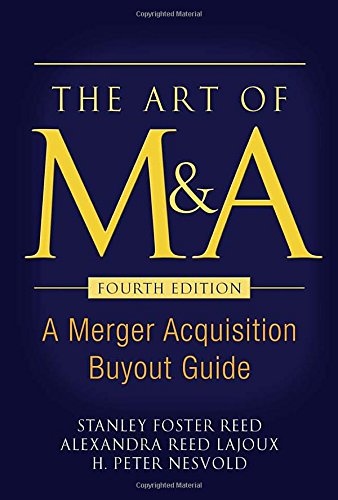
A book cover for The Art of M&A, Fourth Edition: A Merger Acquisition Buyout Guide; Stanley Foster Reed; Business & Money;